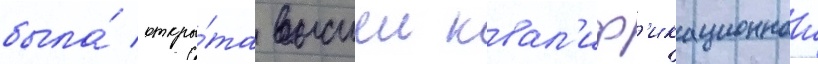
была́ откры́та высшеи квал'иф'икационнои